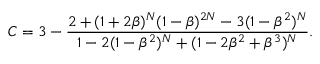
C = 3 - \frac { 2 + ( 1 + 2 \beta ) ^ { N } ( 1 - \beta ) ^ { 2 N } - 3 ( 1 - \beta ^ { 2 } ) ^ { N } } { 1 - 2 ( 1 - \beta ^ { 2 } ) ^ { N } + ( 1 - 2 \beta ^ { 2 } + \beta ^ { 3 } ) ^ { N } } .